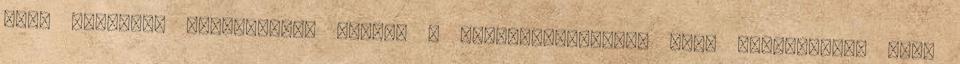
némi kényelem megengedve, amivel a bizonytalanságra való tekintettel csak